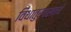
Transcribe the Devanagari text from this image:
विधातुर्वसत्यै